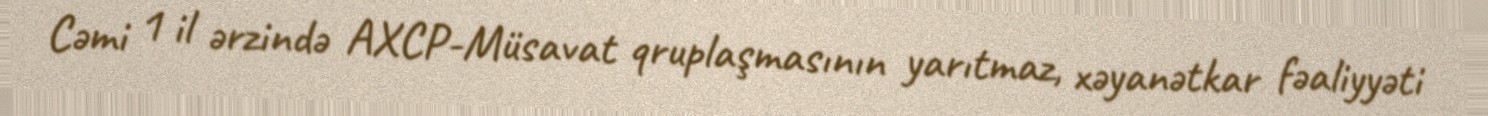
Cəmi 1 il ərzində AXCP-Müsavat qruplaşmasının yarıtmaz, xəyanətkar fəaliyyəti